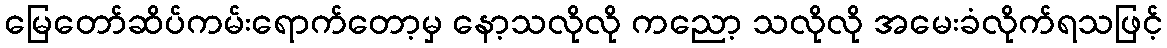
မြေတော်ဆိပ်ကမ်းရောက်တော့မှ နော့သလိုလို ကညော့ သလိုလို အမေးခံလိုက်ရသဖြင့်